Scottish Leaving Certificate Examination, 1961
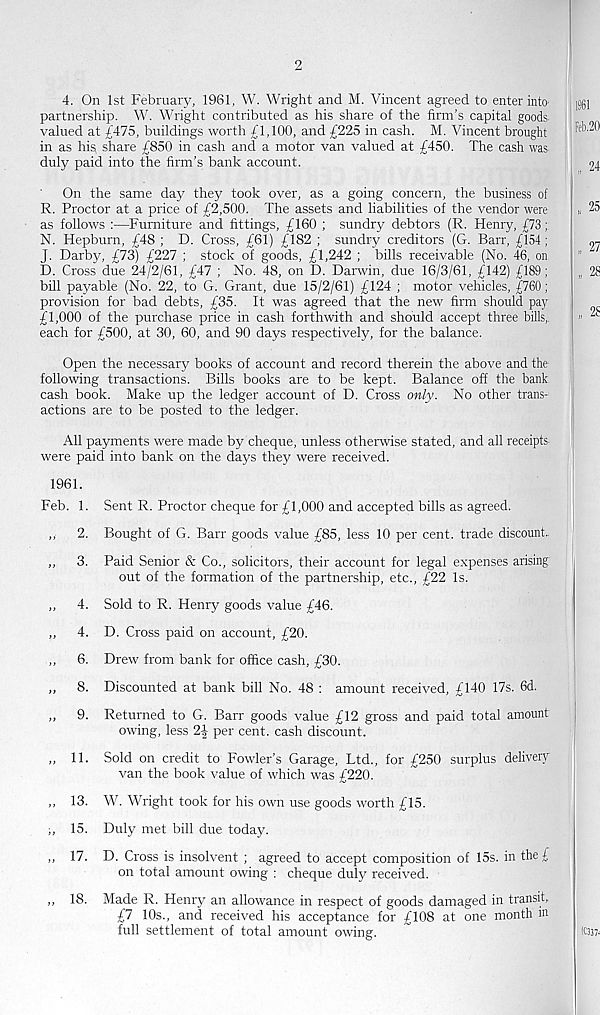
2
4. On 1st February, 1961, W. Wright and M. Vincent agreed to enter into'
partnership. W. Wright contributed as his share of the firm’s capital goods
valued at £475, buildings worth £1,100, and £225 in cash. M. Vincent brought
in as hig share £850 in cash and a motor van valued at £450. The cash was
duly paid into the firm’s bank account.
On the same day they took over, as a going concern, the business of
R. Proctor at a price of £2,500. The assets and liabilities of the vendor were
as follows :—Furniture and fittings, £160 ; sundry debtors (R. Henry, £73;
N. Hepburn, £48 ; D. Cross, £61) £182 ; sundry creditors (G. Barr, £154;
J. Darby, £73) £227 ; stock of goods, £1,242 ; bills receivable (No. 46, on
D. Cross due 24/2/61, £47 ; No. 48, on D. Darwin, due 16/3/61, £142) £189;
bill payable (No. 22, to G. Grant, due 15/2/61) £124 ; motor vehicles, £760;
provision for bad debts, £35. It was agreed that the new firm should pay
£1,000 of the purchase price in cash forthwith and should accept three bills,,
each for £500, at 30, 60, and 90 days respectively, for the balance.
Open the necessary books of account and record therein the above and the
following transactions. Bills books are to be kept. Balance off the bank
cash book. Make up the ledger account of D. Cross only. No other trans-
actions are to be posted to the ledger.
All payments were made by cheque, unless otherwise stated, and all receipts
were paid into bank on the days they were received.
1961.
Feb. 1. Sent R. Proctor cheque for £1,000 and accepted bills as agreed.
,, 2. Bought of G. Barr goods value £85, less 10 per cent, trade discount.
,, 3. Paid Senior & Co., solicitors, their account for legal expenses arising
out of the formation of the partnership, etc., £22 Is.
„ 4. Sold to R. Henry goods value £46.
,, 4. D. Cross paid on account, £20.
,, 6. Drew from bank for office cash, £30.
„ 8. Discounted at bank bill No. 48 : amount received, £140 17s. 6d.
„ 9. Returned to G. Barr goods value £12 gross and paid total amount
owing, less 2-| per cent, cash discount.
„ 11. Sold on credit to Fowler’s Garage, Ltd., for £250 surplus delivery
van the book value of which was £220.
„ 13. W. Wright took for his own use goods worth £15.
;, 15. Duly met bill due today.
,, 17. D. Cross is insolvent ; agreed to accept composition of 15s. in the £
on total amount owing : cheque duly received.
,, 18. Made R. Henry an allowance in respect of goods damaged in transit,
£7 10s., and received his acceptance for £108 at one month in
full settlement of total amount owing.